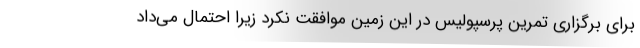
برای برگزاری تمرین پرسپولیس در این زمین موافقت نکرد زیرا احتمال می‌داد